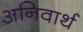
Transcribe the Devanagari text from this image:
अनिवार्थ